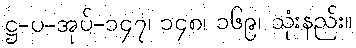
ဋ္ဌ-ပ-အုပ်-၁၄၇၊ ၁၄၈၊ ၁၆၉၊ သုံးနည်း။